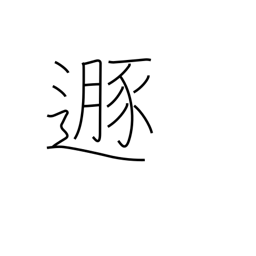
Meaning: flee